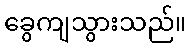
ခွေကျသွားသည်။